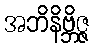
အဘိနိဗ္ဘိဇ္ဇ